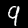
Label: 9